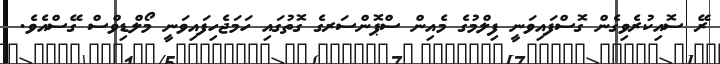
ރޭ ސޮއިކުރެވިގެން ގޮސްފައިވަނީ ފިލްމުގެ މެއިން ސްޕޮންސަރގެ ގޮތުގައި ހަމަޖެހިފައިވަނީ މޯލްޑިވްސް ގޭސްއެވެ.